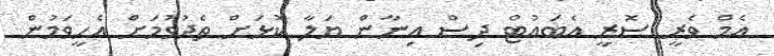
އެމް ވެރީ ސޮރީ އެބައުޓް ދިސް އިނާން ޔަލާ ކޮޅަށް ތެެދުވުމަށް އެހީވަމުން